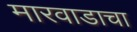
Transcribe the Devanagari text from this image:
मारवाडाचा